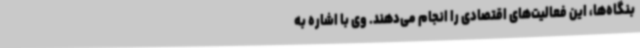
بنگاه‌ها، این فعالیت‌های اقتصادی را انجام می‌دهند. وی ‌با اشاره به